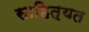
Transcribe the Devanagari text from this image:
साहित्यत